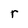
Character: r